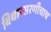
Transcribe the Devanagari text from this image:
विचारसरणीचाच